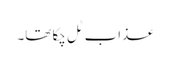
عذاب ٹل چکا تھا۔